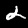
Digit: 2